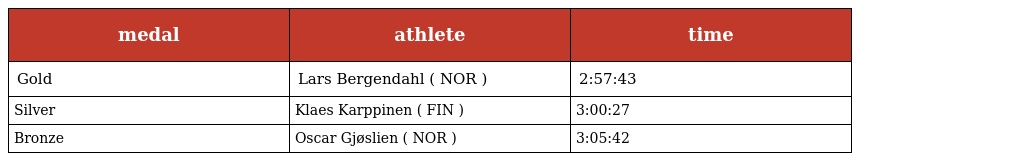
| medal | athlete | time |
 | --- | --- | --- |
 | Gold | Lars Bergendahl ( NOR ) | 2:57:43 |
 | Silver | Klaes Karppinen ( FIN ) | 3:00:27 |
 | Bronze | Oscar Gjøslien ( NOR ) | 3:05:42 |